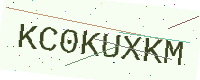
Text: KC0KUXKM